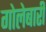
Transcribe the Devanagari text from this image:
गोलेबारी